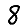
Digit: 8